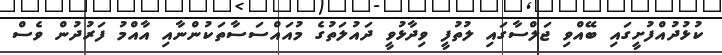
ކުޅުުދުއްފުށީގައި ބޭއްވި ޖަލްސާގައި ލުތުފީ ވިދާޅުވީ ދައުލަތުގެ މުއައްސަސާތަކުންނާއި އާއްމު ފަރުދުން ވެސް